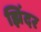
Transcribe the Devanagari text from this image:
झिंदर